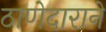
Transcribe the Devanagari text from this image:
ठाणेदाराने